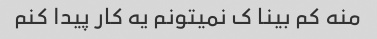
منه کم بینا ک نمیتونم یه کار پیدا کنم